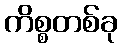
ကိစ္စတစ်ခု